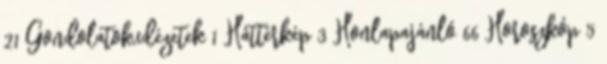
21 Gondolatok,idézetek 1 Háttérkép 3 Honlapajánló 66 Horoszkóp 5